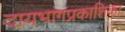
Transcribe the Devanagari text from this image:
दायभागप्रकाशिका